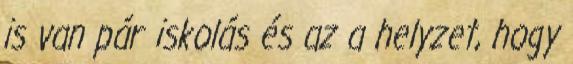
is van pár iskolás és az a helyzet, hogy